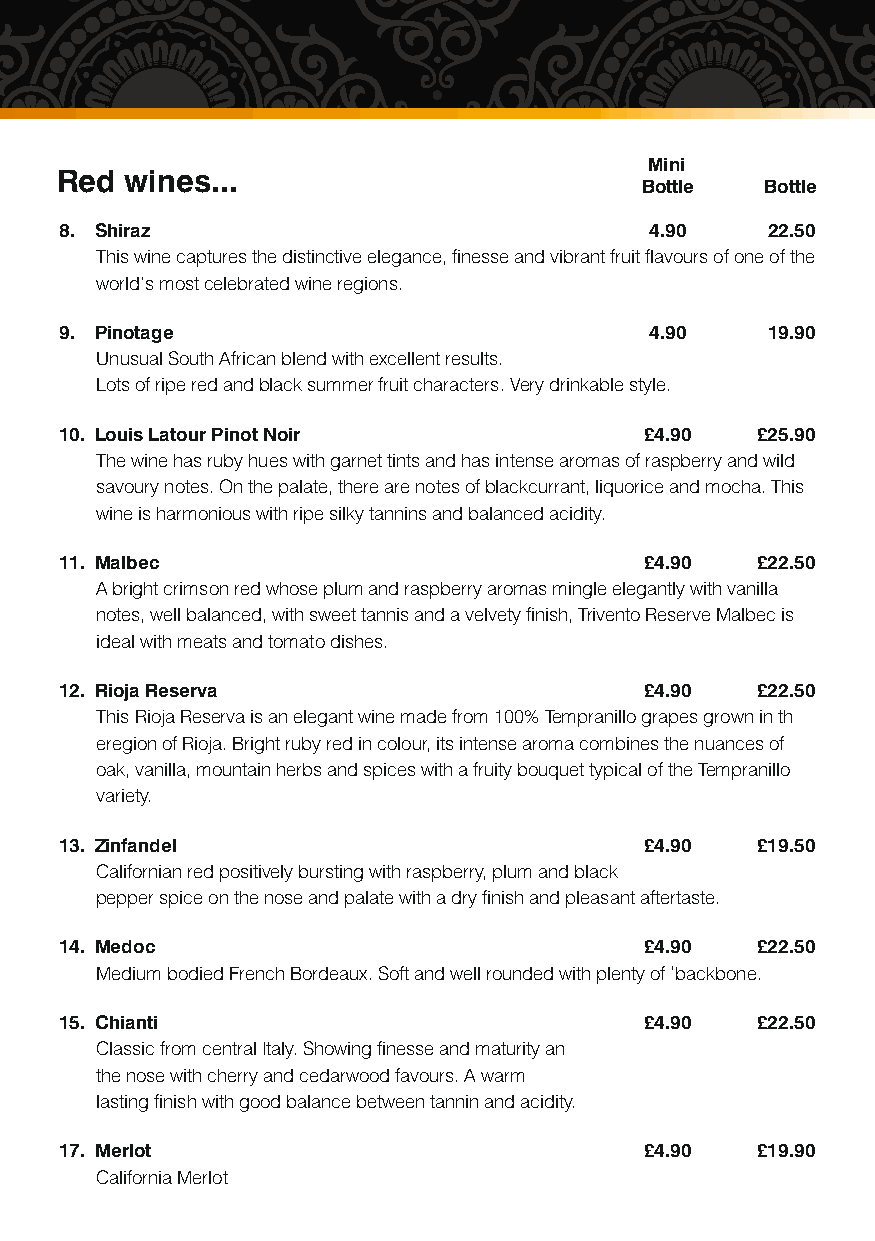
Mini
 Red wines...
 Bottle   Bottle
 8. Shiraz                              4.90    22.50
 This wine captures the distinctive elegance, finesse and vibrant fruit flavours of one of the
 world’s most celebrated wine regions.
 9. Pinotage                            4.90    19.90
 Unusual South African blend with excellent results.
 Lots of ripe red and black summer fruit characters. Very drinkable style.
 10. Louis Latour Pinot Noir            £4.90  £25.90
 The wine has ruby hues with garnet tints and has intense aromas of raspberry and wild
 savoury notes. On the palate, there are notes of blackcurrant, liquorice and mocha. This
 wine is harmonious with ripe silky tannins and balanced acidity.
 11. Malbec                             £4.90  £22.50
 A bright crimson red whose plum and raspberry aromas mingle elegantly with vanilla
 notes, well balanced, with sweet tannis and a velvety finish, Trivento Reserve Malbec is
 ideal with meats and tomato dishes.
 12. Rioja Reserva                      £4.90  £22.50
 This Rioja Reserva is an elegant wine made from 100% Tempranillo grapes grown in th
 eregion of Rioja. Bright ruby red in colour, its intense aroma combines the nuances of
 oak, vanilla, mountain herbs and spices with a fruity bouquet typical of the Tempranillo
 variety.
 13. Zinfandel                          £4.90  £19.50
 Californian red positively bursting with raspberry, plum and black
 pepper spice on the nose and palate with a dry finish and pleasant aftertaste.
 14. Medoc                              £4.90  £22.50
 Medium bodied French Bordeaux. Soft and well rounded with plenty of ‘backbone.
 15. Chianti                            £4.90  £22.50
 Classic from central Italy. Showing finesse and maturity an
 the nose with cherry and cedarwood favours. A warm
 lasting finish with good balance between tannin and acidity.
 17. Merlot                             £4.90  £19.90
 California Merlot